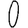
Digit: 0